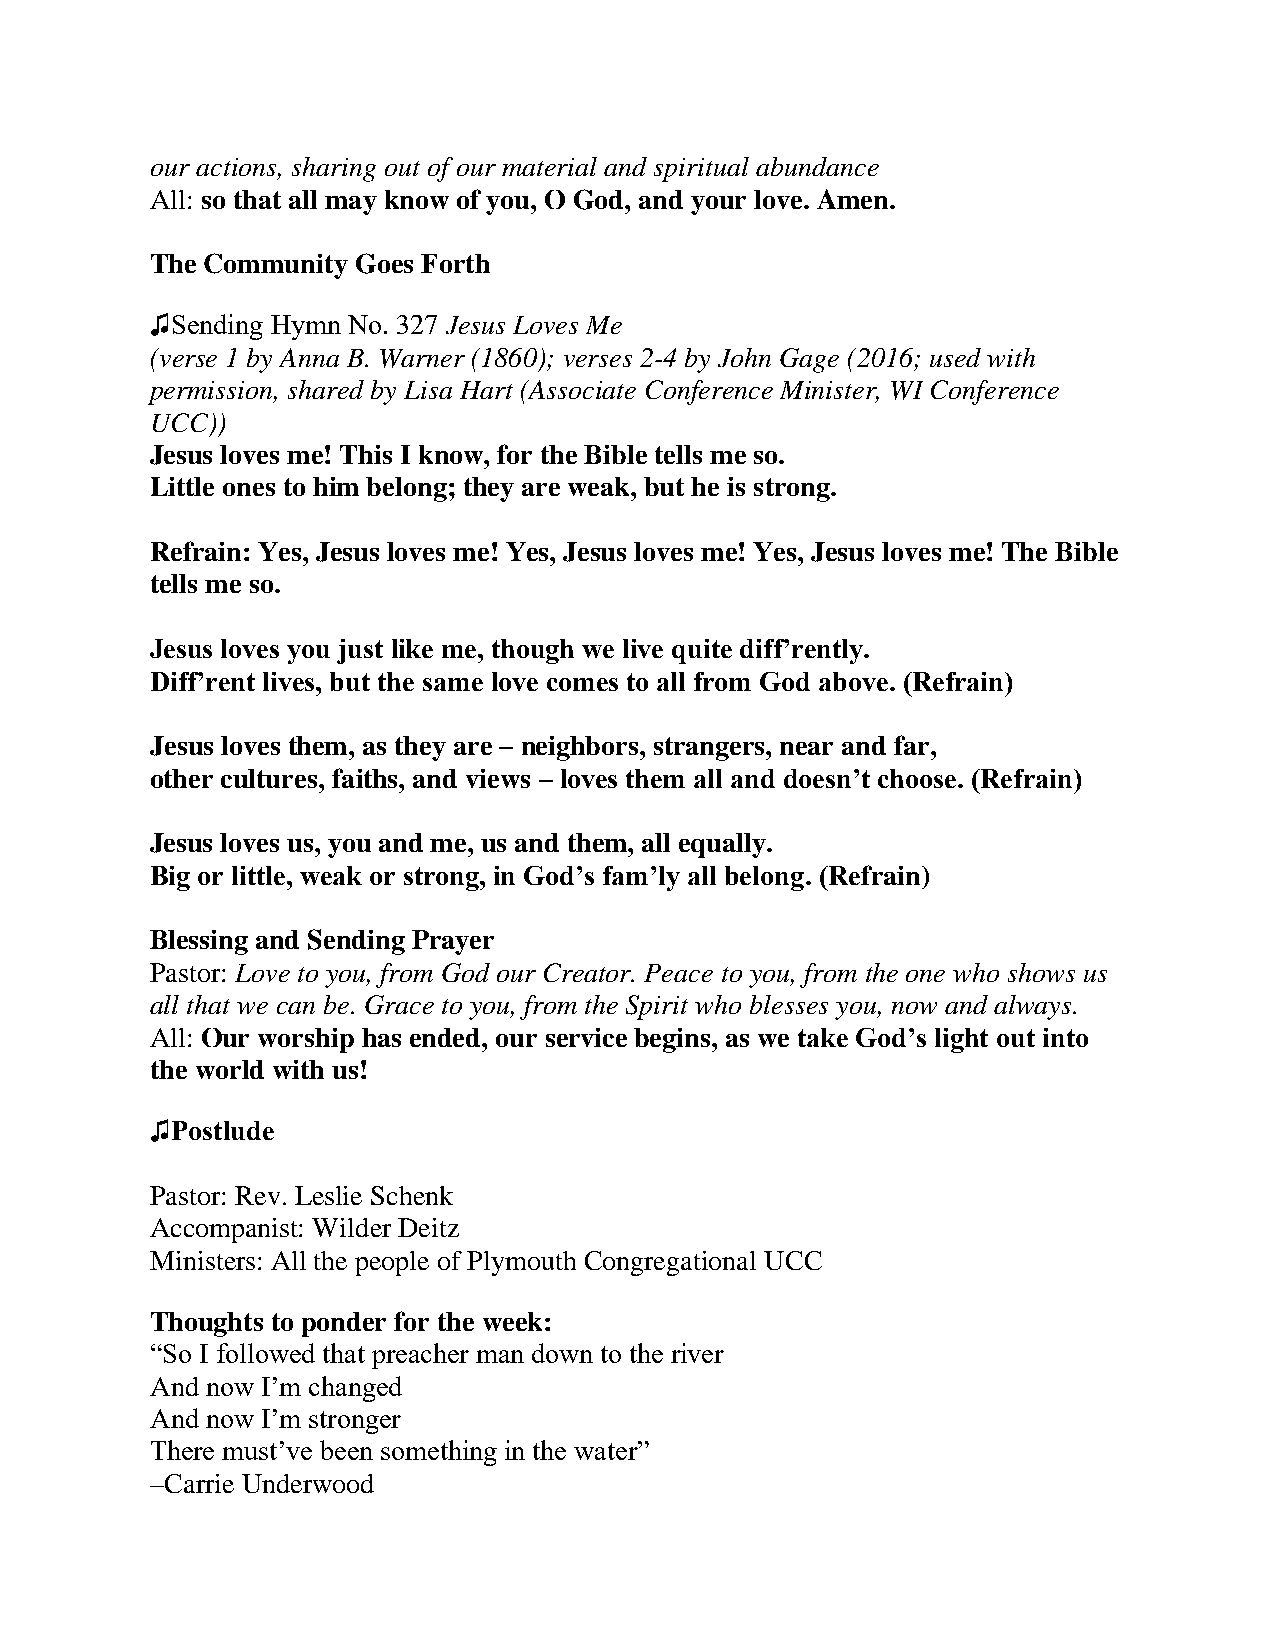
our actions, sharing out of our material and spiritual abundance
 All: so that all may know of you, O God, and your love. Amen.
 The Community Goes Forth
 ♫Sending Hymn No. 327 Jesus Loves Me
 (verse 1 by Anna B. Warner (1860); verses 2-4 by John Gage (2016; used with
 permission, shared by Lisa Hart (Associate Conference Minister, WI Conference
 UCC))
 Jesus loves me! This I know, for the Bible tells me so.
 Little ones to him belong; they are weak, but he is strong.
 Refrain: Yes, Jesus loves me! Yes, Jesus loves me! Yes, Jesus loves me! The Bible
 tells me so.
 Jesus loves you just like me, though we live quite diff’rently.
 Diff’rent lives, but the same love comes to all from God above. (Refrain)
 Jesus loves them, as they are – neighbors, strangers, near and far,
 other cultures, faiths, and views – loves them all and doesn’t choose. (Refrain)
 Jesus loves us, you and me, us and them, all equally.
 Big or little, weak or strong, in God’s fam’ly all belong. (Refrain)
 Blessing and Sending Prayer
 Pastor: Love to you, from God our Creator. Peace to you, from the one who shows us
 all that we can be. Grace to you, from the Spirit who blesses you, now and always.
 All: Our worship has ended, our service begins, as we take God’s light out into
 the world with us!
 ♫Postlude
 Pastor: Rev. Leslie Schenk
 Accompanist: Wilder Deitz
 Ministers: All the people of Plymouth Congregational UCC
 Thoughts to ponder for the week:
 “So I followed that preacher man down to the river
 And now I’m changed
 And now I’m stronger
 There must’ve been something in the water”
 –Carrie Underwood